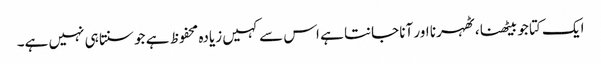
ایک کتا جو بیٹھنا ، ٹھہرنا اور آنا جانتا ہے اس سے کہیں زیادہ محفوظ ہے جو سنتا ہی نہیں ہے۔